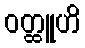
ဝတ္ထူဟိ